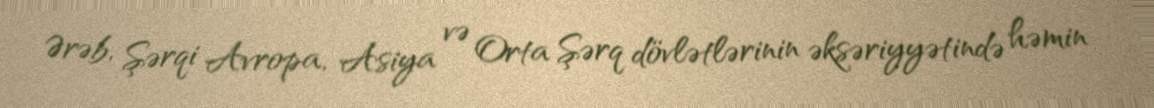
Ərəb, Şərqi Avropa, Asiya və Orta Şərq dövlətlərinin əksəriyyətində həmin